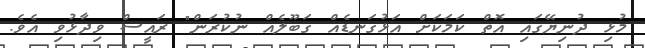
މުޅި ދުނިޔޭގައި އޮތް ކަމަކަށް އަޅުގަނޑެއް ގަބޫލެއް ނުކުރަން" ރައީސް ވިދާޅުވި އެވެ.